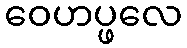
ဝေဟပ္ဖလေ